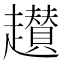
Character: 䟎